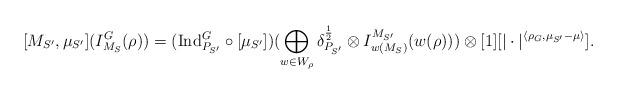
LaTeX: \begin{align*}[M_{S'}, \mu_{S'}](I^G_{M_S}(\rho))=(\mathrm{Ind}^G_{P_{S'}} \circ [\mu_{S'}] )(\bigoplus_{w \in W_{\rho}} \delta^{\frac{1}{2}}_{P_{S'}} \otimes I^{M_{S'}}_{w(M_S)} (w(\rho)))\otimes [1][|\cdot|^{\langle \rho_G, \mu_{S'}-\mu \rangle}].\end{align*}